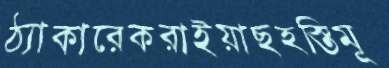
ঠ্যাকারেকরাইয়াছহস্তিমূ